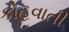
કોહવાતી